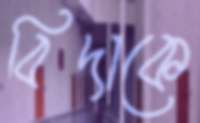
বিদাকে